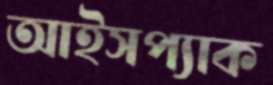
আইসপ্যাক